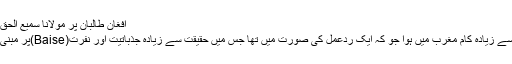
افغان طالبان پر مولانا سمیع الحق کی ایک عمدہ کاوش
افغان طالبان پر سب سے زیادہ کام مغرب میں ہوا جو کہ ایک ردعمل کی صورت میں تھا جس میں حقیقت سے زیادہ جذباتیت اور نفرت(Baise)پر مبنی عنصر کار فرما تھا۔